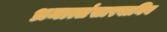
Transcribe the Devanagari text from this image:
भ्रमात्संसारवानिव